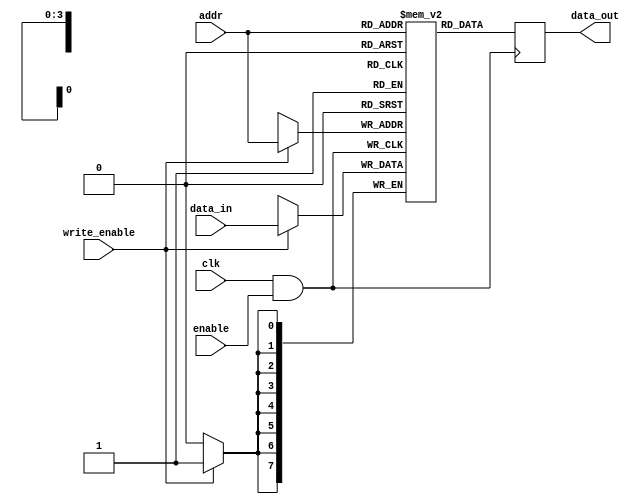
module memory_block (
    input wire clk,           // Main clock signal
    input wire enable,        // Enable signal for clock gating
    input wire [7:0] data_in, // Data input for memory block
    input wire [3:0] addr,    // Address input for memory block
    input wire write_enable,   // Write enable signal
    output reg [7:0] data_out  // Data output from memory block
);

    // Memory array (for example, 16x8 SRAM)
    reg [7:0] memory_array [0:15];

    // Clock gating logic
    wire gated_clk;
    assign gated_clk = clk & enable; // AND gate for clock gating

    // Memory operation
    always @(posedge gated_clk) begin
        if (write_enable) begin
            memory_array[addr] <= data_in; // Write operation
        end
        data_out <= memory_array[addr]; // Read operation
    end

endmodule